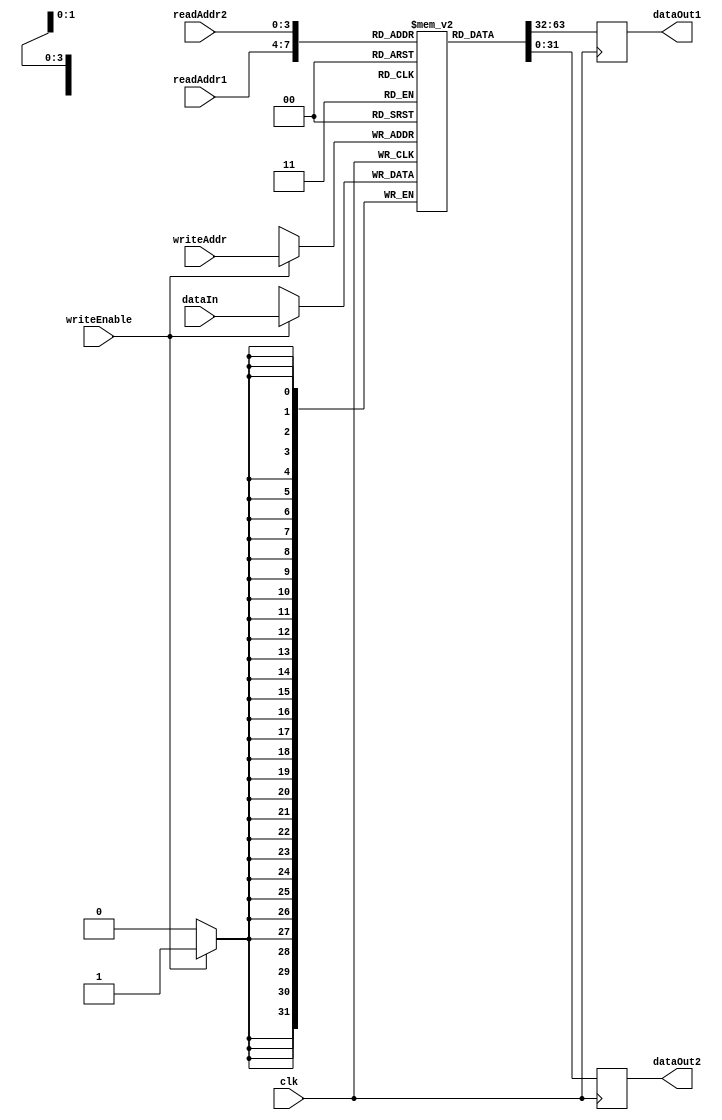
module RegisterFile (
    input wire clk,
    input wire [3:0] readAddr1,
    input wire [3:0] readAddr2,
    input wire [3:0] writeAddr,
    input wire writeEnable,
    input wire [31:0] dataIn,
    output reg [31:0] dataOut1,
    output reg [31:0] dataOut2
);

reg [31:0] registers [15:0];

always @(posedge clk) begin
    if (writeEnable) begin
        registers[writeAddr] <= dataIn;
    end
    dataOut1 <= registers[readAddr1];
    dataOut2 <= registers[readAddr2];
end

endmodule